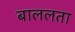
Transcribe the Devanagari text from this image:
बाललता